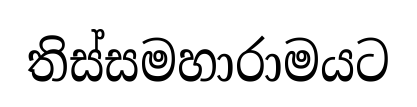
තිස්සමහාරාමයට